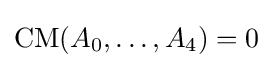
\operatorname {CM} (A_{0},\ldots ,A_{4})=0